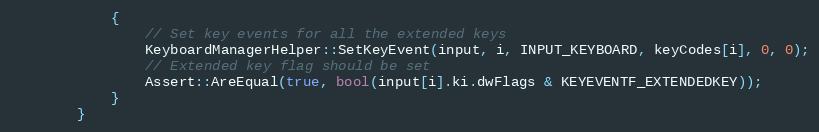
Language: C++
            {
                // Set key events for all the extended keys
                KeyboardManagerHelper::SetKeyEvent(input, i, INPUT_KEYBOARD, keyCodes[i], 0, 0);
                // Extended key flag should be set
                Assert::AreEqual(true, bool(input[i].ki.dwFlags & KEYEVENTF_EXTENDEDKEY));
            }
        }